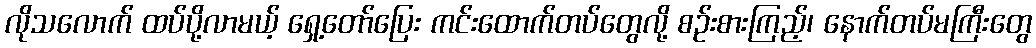
လိုသလောက် ထပ်ပို့လာမယ့် ရှေ့တော်ပြေး ကင်းထောက်တပ်တွေလို့ စဉ်းစားကြည့်၊ နောက်တပ်မကြီးတွေ